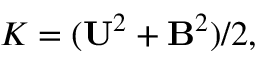
{ \cal { K } } = ( { \bf { U } } ^ { 2 } + { \bf { B } } ^ { 2 } ) / 2 ,